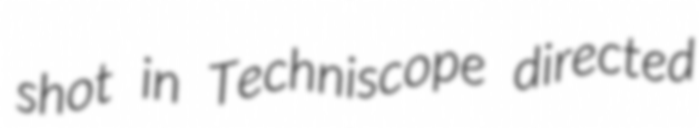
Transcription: shot in Techniscope directed